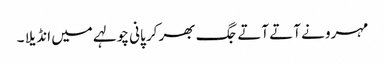
مہرو نے آتے آتے جگ بھر کر پانی چولہے میں انڈیلا ۔